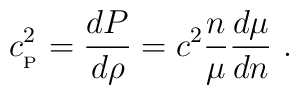
c_{_{\rm P}}^2= {dP\over d\rho}= c^2{n\over \mu}{d\mu\over dn} \ .